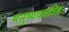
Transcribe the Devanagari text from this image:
मनुष्यवस्तीत